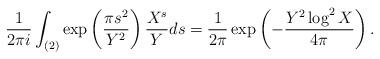
LaTeX: \begin{align*} \frac{1}{2\pi i} \int_{(2)} \exp\left(\frac{\pi s^2}{Y^2}\right) \frac{X^s}{Y}ds = \frac{1}{2\pi} \exp\left(-\frac{Y^2 \log^2 X}{4\pi}\right).\end{align*}